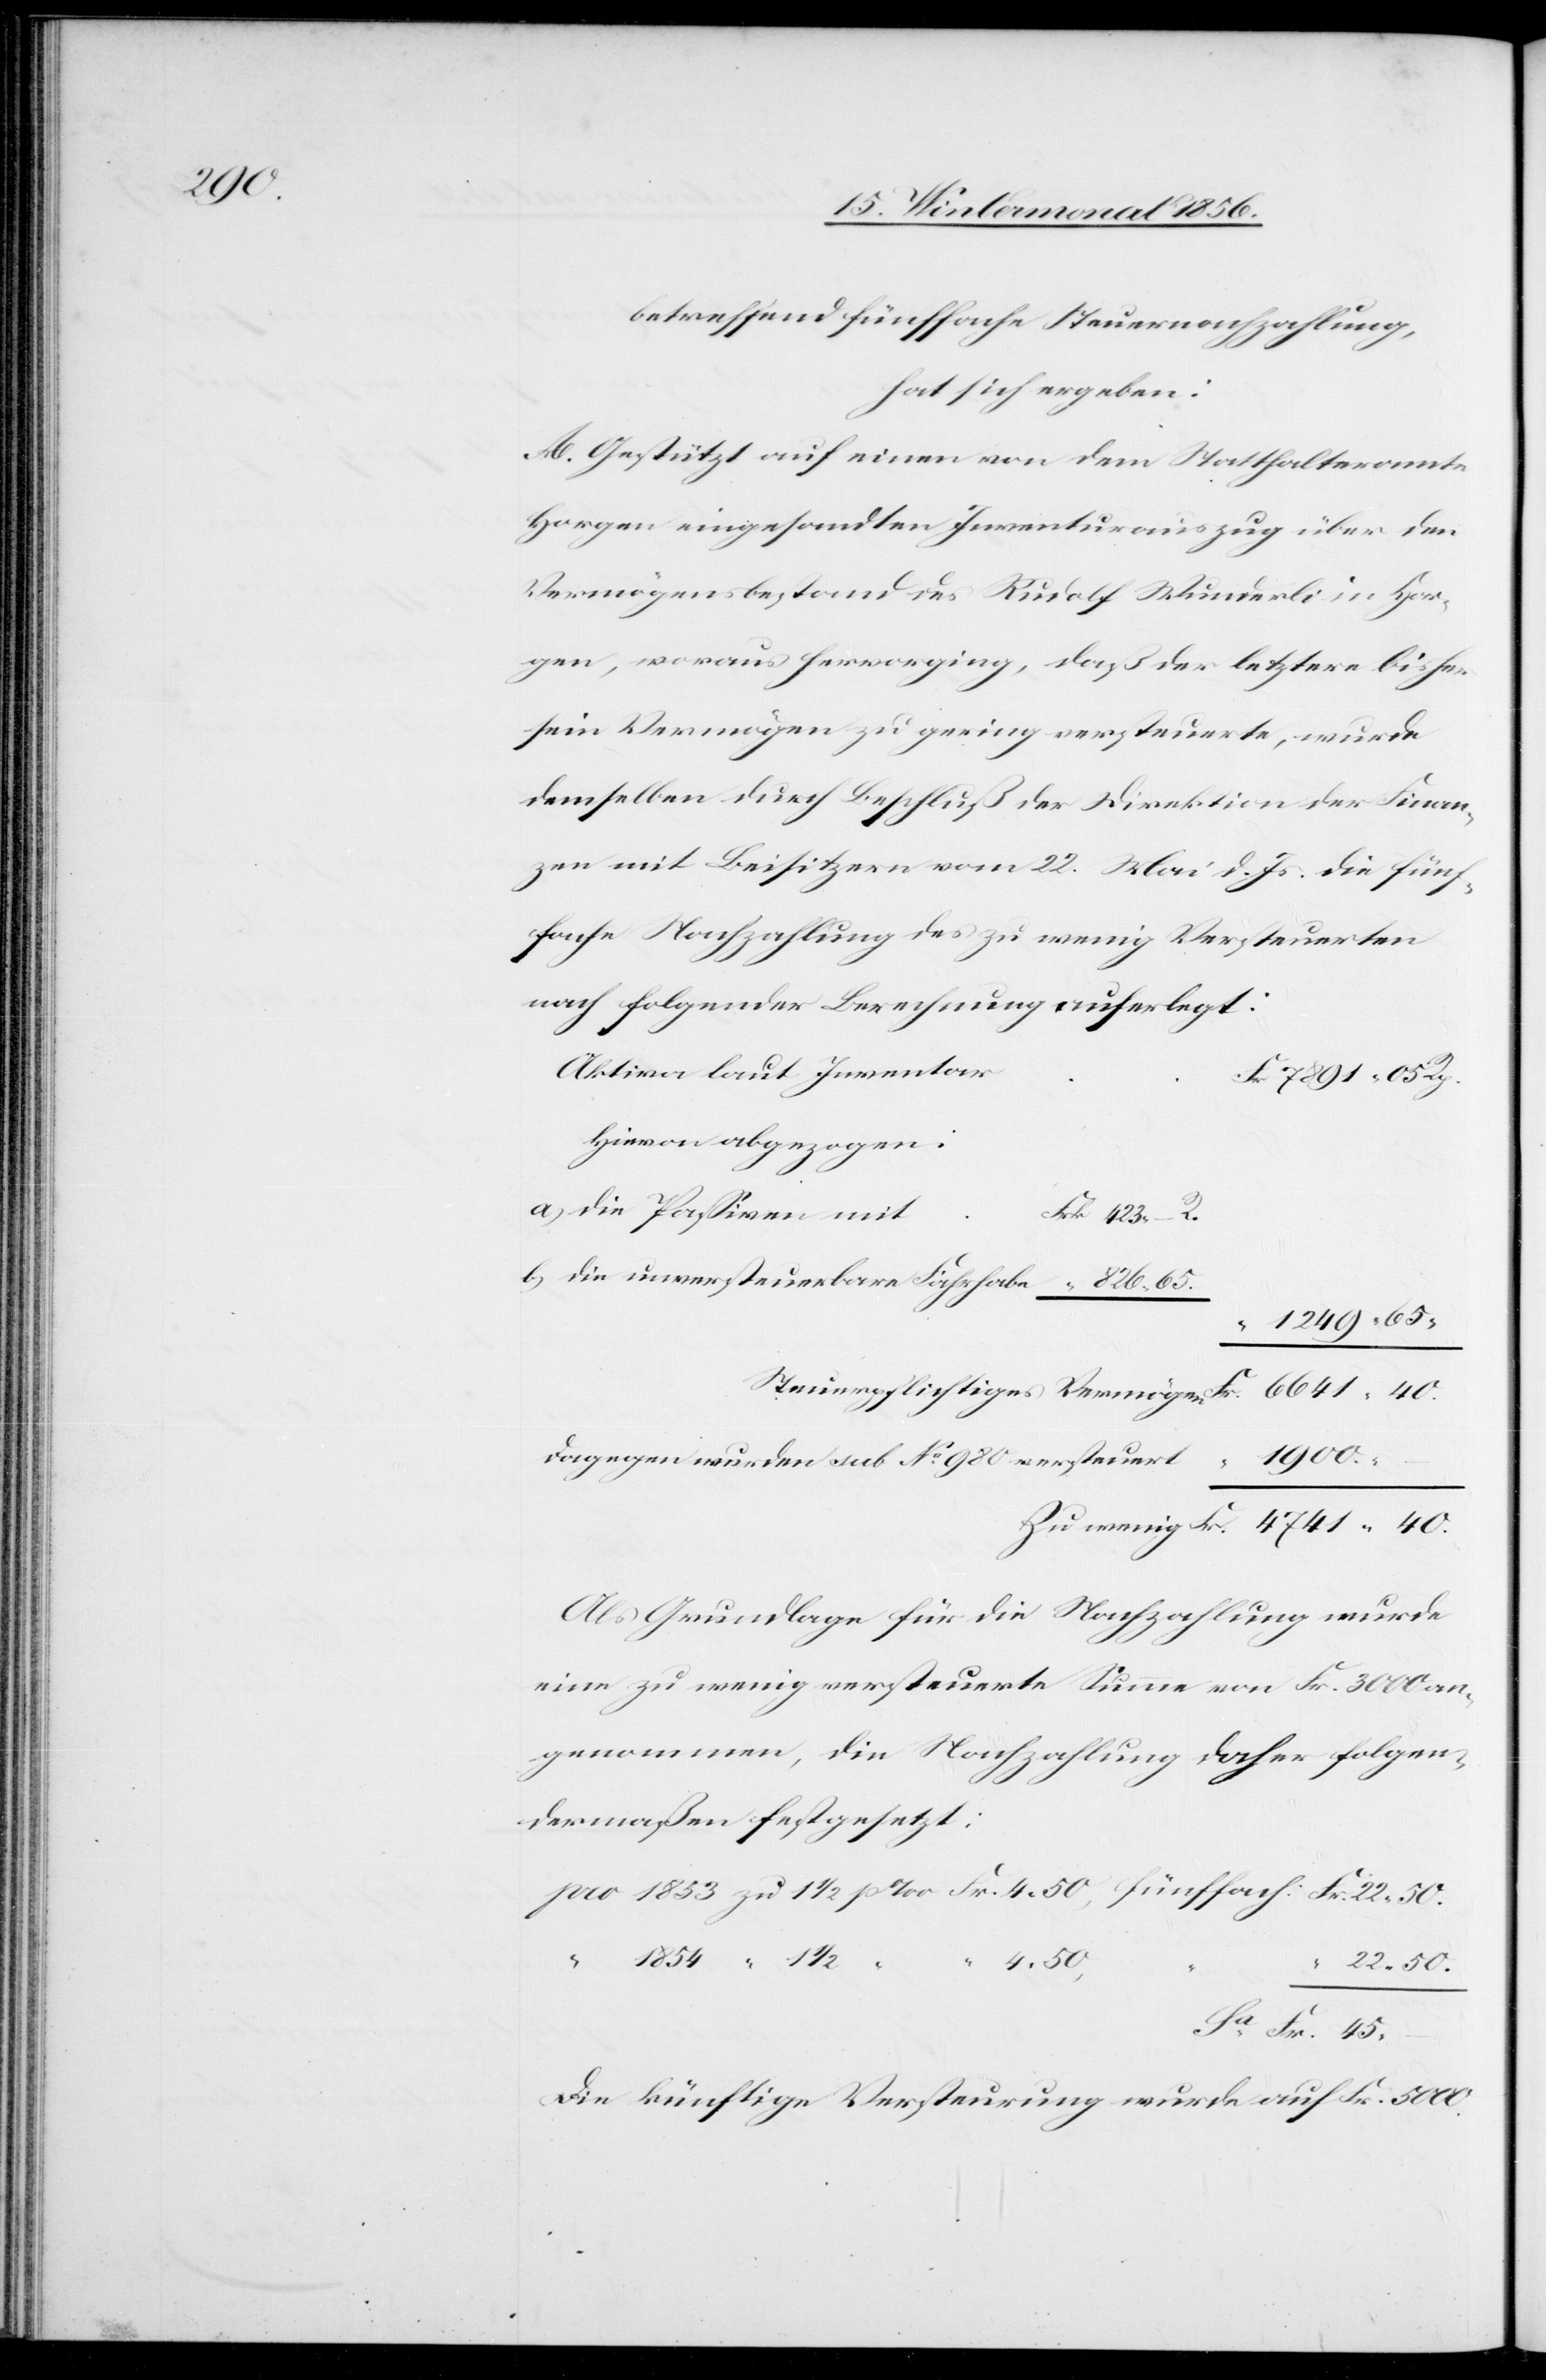
45.

betreffend fünffache Steuernachzahlung,
hat sich ergeben:
A. Gestützt auf einen von dem Statthalteramte
Horgen eingesandten Inventurauszug über den
Vermögensbestand des Rudolf Wunderli in Hor¬
gen, woraus hervorging, daß der letztere bisher
sein Vermögen zu gering versteuerte, wurde
demselben durch Beschluß der Direktion der Finan¬
zen mit Beisitzern vom 22. Mai d. Js. die fünf¬
fache Nachzahlung des zu wenig Versteuerten
nach folgender Berechnung auferlegt:
Aktiva laut Inventar
hievon abgezogen:
a) die Passiven mit
b) die unversteuerbare Fahrhabe
1900.
dagegen werden sub No 980 versteuert
Als Grundlage für die Nachzahlung wurde
eine zu wenig versteuerte Summe von Fr. 3000 an¬
genommen, die Nachzahlung daher folgen¬
dermaßen festgesetzt:
4. 50,
22. 50.
–
Die künftige Versteurung wurde auf Fr. 5000.